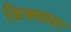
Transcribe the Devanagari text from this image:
डिक्सलर